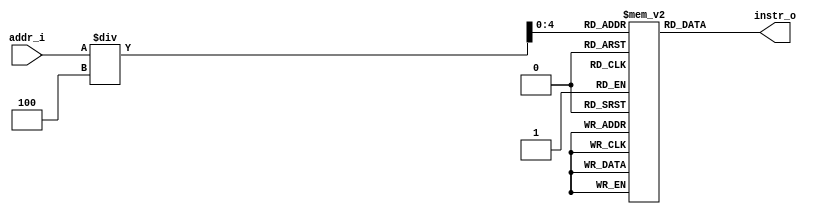
`timescale 1ns / 1ps
//////////////////////////////////////////////////////////////////////////////////
// student ID: 0516013
// Module Name:    Instruction_Memory
//////////////////////////////////////////////////////////////////////////////////
module Instruction_Memory(
    addr_i,
    instr_o
    );

// Interface
input   [31:0]  addr_i;
output  [31:0]  instr_o;

// Instruction File
reg     [31:0]  instruction_file    [0:31];

assign  instr_o = instruction_file[addr_i / 4];  

endmodule